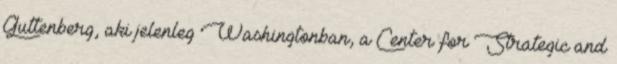
Guttenberg, aki jelenleg Washingtonban, a Center for Strategic and